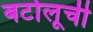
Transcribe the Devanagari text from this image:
बर्टोलूची